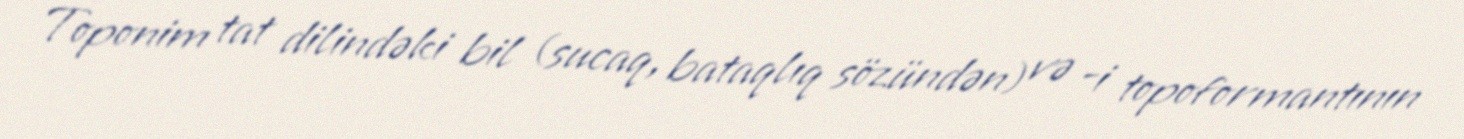
Toponim tat dilindəki bil (sucaq, bataqlıq sözündən) və -i topoformantının